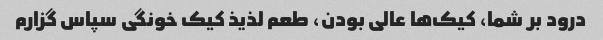
درود بر شما، کیک‌ها عالی بودن، طعم لذیذ کیک خونگی سپاس گزارم